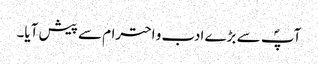
آپؐ سے بڑے ادب و احترام سے پیش آیا۔